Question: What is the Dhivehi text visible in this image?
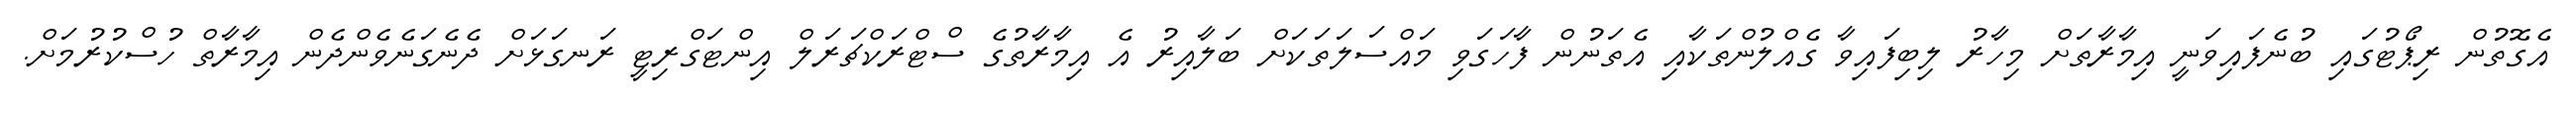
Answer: އެގޮތުން ރިޕޯޓުގައި ބުނެފައިވަނީ އިމާރާތަށް މިހާރު ލިބިފައިވާ ގެއްލުންތަކާއި އެތަނުން ފާހަގަވި މައްސަލަތަކަށް ބަލާއިރު އެ އިމާރާތުގެ ސްޓްރަކްޗަރަލް އިންޓަގްރިޓީ ރަނގަޅަށް ދެނެގަނެވެންދެން އިމާރާތް ހުސްކުރުމަށް.